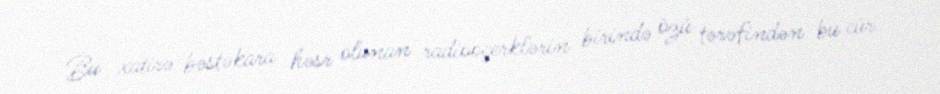
Bu xatirə bəstəkara həsr olunan radiooçerklərin birində özü tərəfindən bu cür